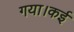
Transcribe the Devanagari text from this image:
गया।कई